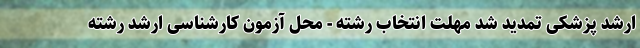
ارشد پزشکی تمدید شد مهلت انتخاب رشته - محل آزمون کارشناسی ارشد رشته